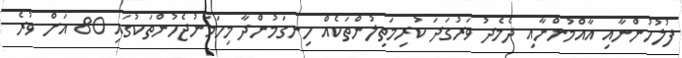
ފުލުހުންނާއި އާއްމުންނާއި ދެމެދު ވަރުގަދަ ކުރިމަތިލުންތަކެއް ހިނގަމުންދާ މިހަމަނުޖެހުންތަކުގައި 80 އަށް ވުރެ